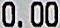
0.00